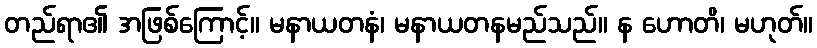
တည်ရာ၏ အဖြစ်ကြောင့်။ မနာယတနံ၊ မနာယတနမည်သည်။ န ဟောတိ၊ မဟုတ်။